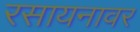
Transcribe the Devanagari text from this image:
रसायनावर